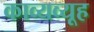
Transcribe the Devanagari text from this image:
काव्यव्यूह